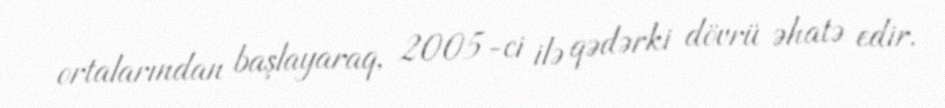
ortalarından başlayaraq, 2005-ci ilə qədərki dövrü əhatə edir.